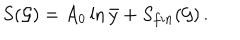
S ( { \cal G } ) = A _ { 0 } \ln \bar { y } + S _ { f i n } ( { \cal G } ) \, .